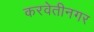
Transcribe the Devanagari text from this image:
करवेतीनगर